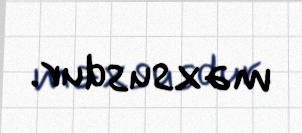
məxsusdur.